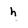
Character: h